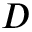
D